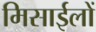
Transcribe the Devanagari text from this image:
मिसाईलों